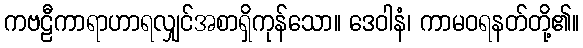
ကဗဠီကာရာဟာရလျှင်အစာရှိကုန်သော။ ဒေဝါနံ၊ ကာမဝရနတ်တို့၏။